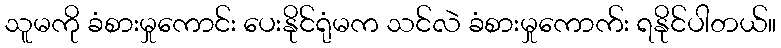
သူမကို ခံစားမှုကောင်း ပေးနိုင်ရုံမက သင်လဲ ခံစားမှုကောက်း ရနိုင်ပါတယ်။